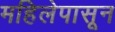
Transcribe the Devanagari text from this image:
महिलेपासून